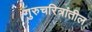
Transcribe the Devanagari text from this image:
गुरुचरित्रांतील